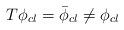
LaTeX: \begin{align*}T\phi _{cl}=\bar{\phi }_{cl}\neq \phi _{cl}\end{align*}